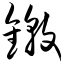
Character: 镦